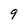
Character: 9